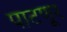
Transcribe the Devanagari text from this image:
पाटणूर